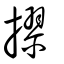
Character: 摎